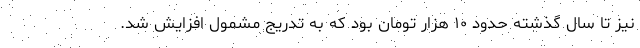
نیز تا سال گذشته حدود ۱۰ هزار تومان بود که به تدریج مشمول افزایش شد.